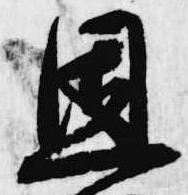
恩